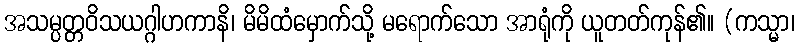
အသမ္ပတ္တဝိသယဂ္ဂါဟကာနိ၊ မိမိထံမှောက်သို့ မရောက်သော အာရုံကို ယူတတ်ကုန်၏။ (ကသ္မာ၊